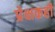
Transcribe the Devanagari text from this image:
प्रेक्षकही